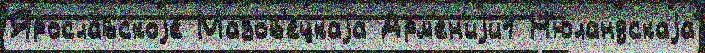
Яросла́вскоjе Мазов'ецкаjа Арм'ен'иjи1 Н'юландскаjа